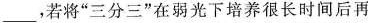
___，若将”三分三”在弱光下培养很长时间后再